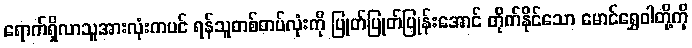
ရောက်ရှိလာသူအားလုံးကပင် ရန်သူတစ်တပ်လုံးကို ပြုတ်ပြုတ်ပြုန်းအောင် တိုက်နိုင်သော မောင်ရွှေဝါတို့ကို